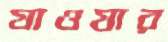
যাওযার